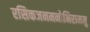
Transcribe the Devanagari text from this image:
रसिकजनमनोभिराममु